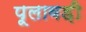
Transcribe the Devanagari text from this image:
पूलावड़ी